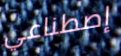
إصطناعي